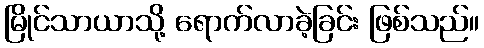
မြိုင်သာယာသို့ ရောက်လာခဲ့ခြင်း ဖြစ်သည်။